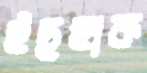
ইছহাক